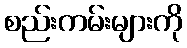
စည်းကမ်းများကို